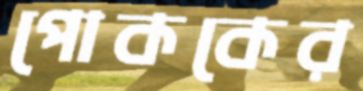
পোককের